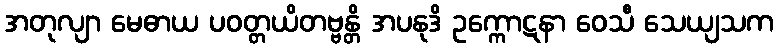
အတုလျာ မေဓာယ ပဝတ္တယိတဗ္ဗန္တိ အပနုဒိ ဥက္ကောဋနာ ဝေသီ သေယျသက